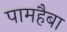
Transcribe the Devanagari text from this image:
पामहैबा